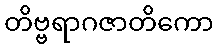
တိဗ္ဗရာဂဇာတိကော